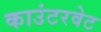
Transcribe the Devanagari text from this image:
काउंटरवेट